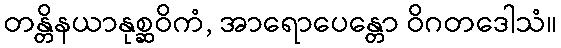
တန္တိနယာနုစ္ဆဝိကံ, အာရောပေန္တော ဝိဂတဒေါသံ။